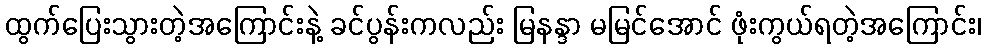
ထွက်ပြေးသွားတဲ့အကြောင်းနဲ့ ခင်ပွန်းကလည်း မြနန္ဒာ မမြင်အောင် ဖုံးကွယ်ရတဲ့အကြောင်း၊